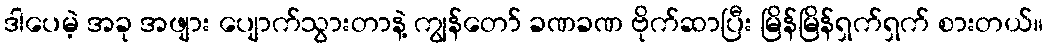
ဒါပေမဲ့ အခု အဖျား ပျောက်သွားတာနဲ့ ကျွန်တော် ခဏခဏ ဗိုက်ဆာပြီး မြိန်မြိန်ရှက်ရှက် စားတယ်။